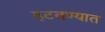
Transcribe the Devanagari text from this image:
हटवण्यात